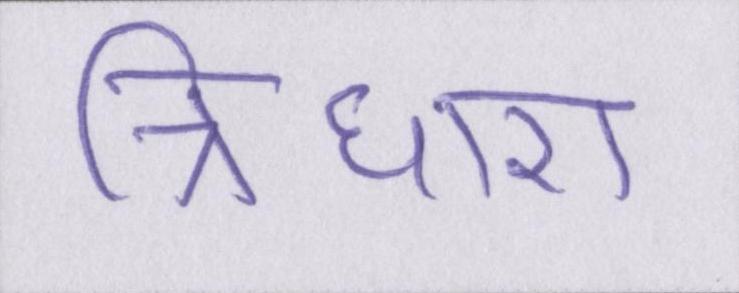
त्रिधारा